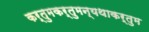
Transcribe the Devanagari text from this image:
कर्तुमकर्तुमन्यथाकर्तुम